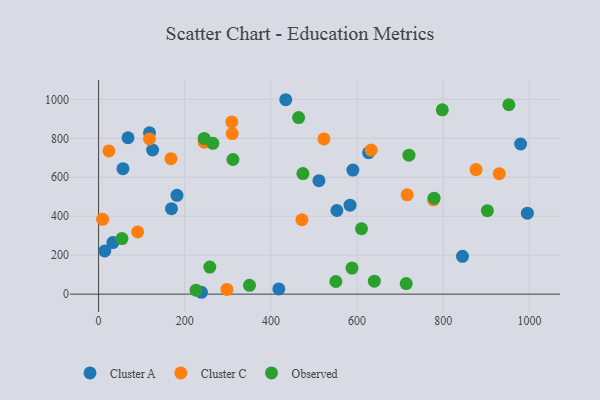
{"axis": {"x": "Price", "y": "Rating"}, "legend": ["Cluster A", "Cluster C", "Observed"], "data": [{"x": "56.6", "y": 644.4, "type": "Cluster A"}, {"x": "238.8", "y": 9.6, "type": "Cluster A"}, {"x": "169.2", "y": 439.0, "type": "Cluster A"}, {"x": "434.4", "y": 998.2, "type": "Cluster A"}, {"x": "590.3", "y": 636.8, "type": "Cluster A"}, {"x": "125.4", "y": 740.1, "type": "Cluster A"}, {"x": "14.5", "y": 221.6, "type": "Cluster A"}, {"x": "844.7", "y": 194.0, "type": "Cluster A"}, {"x": "979.6", "y": 770.9, "type": "Cluster A"}, {"x": "33.1", "y": 264.7, "type": "Cluster A"}, {"x": "68.3", "y": 803.0, "type": "Cluster A"}, {"x": "553.1", "y": 429.4, "type": "Cluster A"}, {"x": "118.2", "y": 828.5, "type": "Cluster A"}, {"x": "995.3", "y": 415.5, "type": "Cluster A"}, {"x": "626.7", "y": 725.9, "type": "Cluster A"}, {"x": "182.0", "y": 507.5, "type": "Cluster A"}, {"x": "511.5", "y": 582.6, "type": "Cluster A"}, {"x": "418.4", "y": 27.0, "type": "Cluster A"}, {"x": "583.7", "y": 456.7, "type": "Cluster A"}, {"x": "23.9", "y": 735.4, "type": "Cluster C"}, {"x": "9.4", "y": 384.1, "type": "Cluster C"}, {"x": "118.2", "y": 796.7, "type": "Cluster C"}, {"x": "90.7", "y": 319.7, "type": "Cluster C"}, {"x": "297.8", "y": 24.0, "type": "Cluster C"}, {"x": "168.0", "y": 695.3, "type": "Cluster C"}, {"x": "876.2", "y": 639.7, "type": "Cluster C"}, {"x": "716.3", "y": 509.9, "type": "Cluster C"}, {"x": "632.8", "y": 739.9, "type": "Cluster C"}, {"x": "472.0", "y": 382.0, "type": "Cluster C"}, {"x": "523.1", "y": 797.1, "type": "Cluster C"}, {"x": "777.4", "y": 484.4, "type": "Cluster C"}, {"x": "310.2", "y": 824.5, "type": "Cluster C"}, {"x": "309.2", "y": 884.3, "type": "Cluster C"}, {"x": "930.0", "y": 618.6, "type": "Cluster C"}, {"x": "245.2", "y": 780.0, "type": "Cluster C"}, {"x": "350.3", "y": 45.1, "type": "Observed"}, {"x": "265.3", "y": 774.1, "type": "Observed"}, {"x": "245.1", "y": 799.7, "type": "Observed"}, {"x": "464.3", "y": 906.8, "type": "Observed"}, {"x": "797.8", "y": 946.4, "type": "Observed"}, {"x": "714.1", "y": 54.3, "type": "Observed"}, {"x": "550.8", "y": 65.0, "type": "Observed"}, {"x": "902.4", "y": 428.5, "type": "Observed"}, {"x": "311.8", "y": 691.3, "type": "Observed"}, {"x": "640.1", "y": 66.4, "type": "Observed"}, {"x": "54.2", "y": 285.5, "type": "Observed"}, {"x": "720.4", "y": 713.6, "type": "Observed"}, {"x": "610.3", "y": 335.8, "type": "Observed"}, {"x": "258.2", "y": 139.0, "type": "Observed"}, {"x": "226.3", "y": 20.4, "type": "Observed"}, {"x": "474.3", "y": 619.0, "type": "Observed"}, {"x": "588.3", "y": 134.1, "type": "Observed"}, {"x": "952.4", "y": 972.5, "type": "Observed"}, {"x": "778.8", "y": 492.8, "type": "Observed"}]}